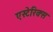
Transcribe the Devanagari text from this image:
एस्टेरिक्स